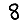
Digit: 8